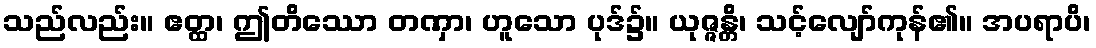
သည်လည်း။ ဧတ္ထ၊ ဤတိဿော တဏှာ၊ ဟူသော ပုဒ်၌။ ယုဇ္ဇန္တိ၊ သင့်လျော်ကုန်၏။ အပရာပိ၊